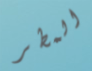
المطر